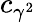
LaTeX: c_{\gamma^{2}}